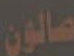
صالون